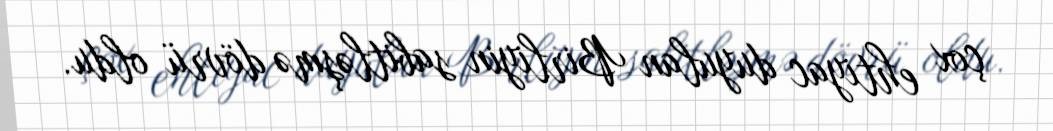
çox ehtiyac duyulan Birliyin sabitləşmə dövrü oldu.